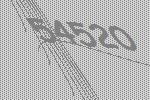
54520